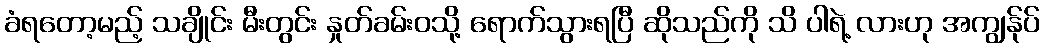
ခံရတော့မည့် သချိုင်း မီးတွင်း နှုတ်ခမ်းဝသို့ ရောက်သွားရပြီ ဆိုသည်ကို သိ ပါရဲ့ လားဟု အကျွန်ုပ်